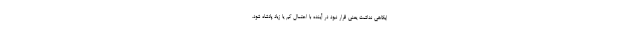
ایگاهی نداشت یعنی قرار نبود در آینده با احتمال کم یا زیاد پادشاه شود.